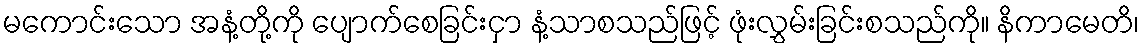
မကောင်းသော အနံ့တို့ကို ပျောက်စေခြင်းငှာ နံ့သာစသည်ဖြင့် ဖုံးလွှမ်းခြင်းစသည်ကို။ နိကာမေတိ၊